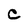
Character: C